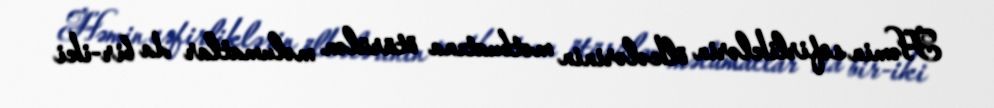
Həmin səfirliklərin ölkələrinin mətbuatına ötürülən məlumatlar da bir-iki